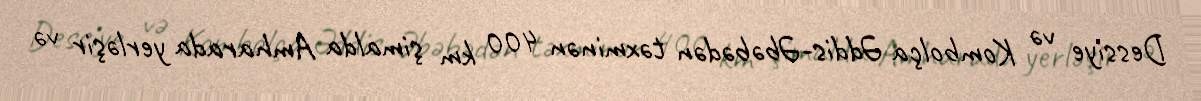
Dessiye və Kombolça Əddis-Əbəbədən təxminən 400 km şimalda Amharada yerləşir və